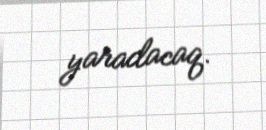
yaradacaq.